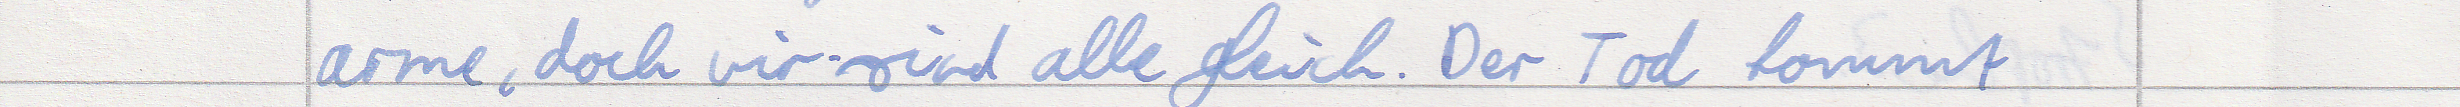
arme, doch wir sind alle gleich. Der Tod kommt